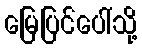
မြေပြင်ပေါ်သို့